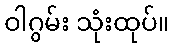
ဝါဂွမ်း သုံးထုပ်။